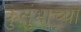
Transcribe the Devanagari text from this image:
कुसुंभाच्या